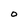
Character: O